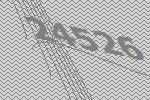
24526